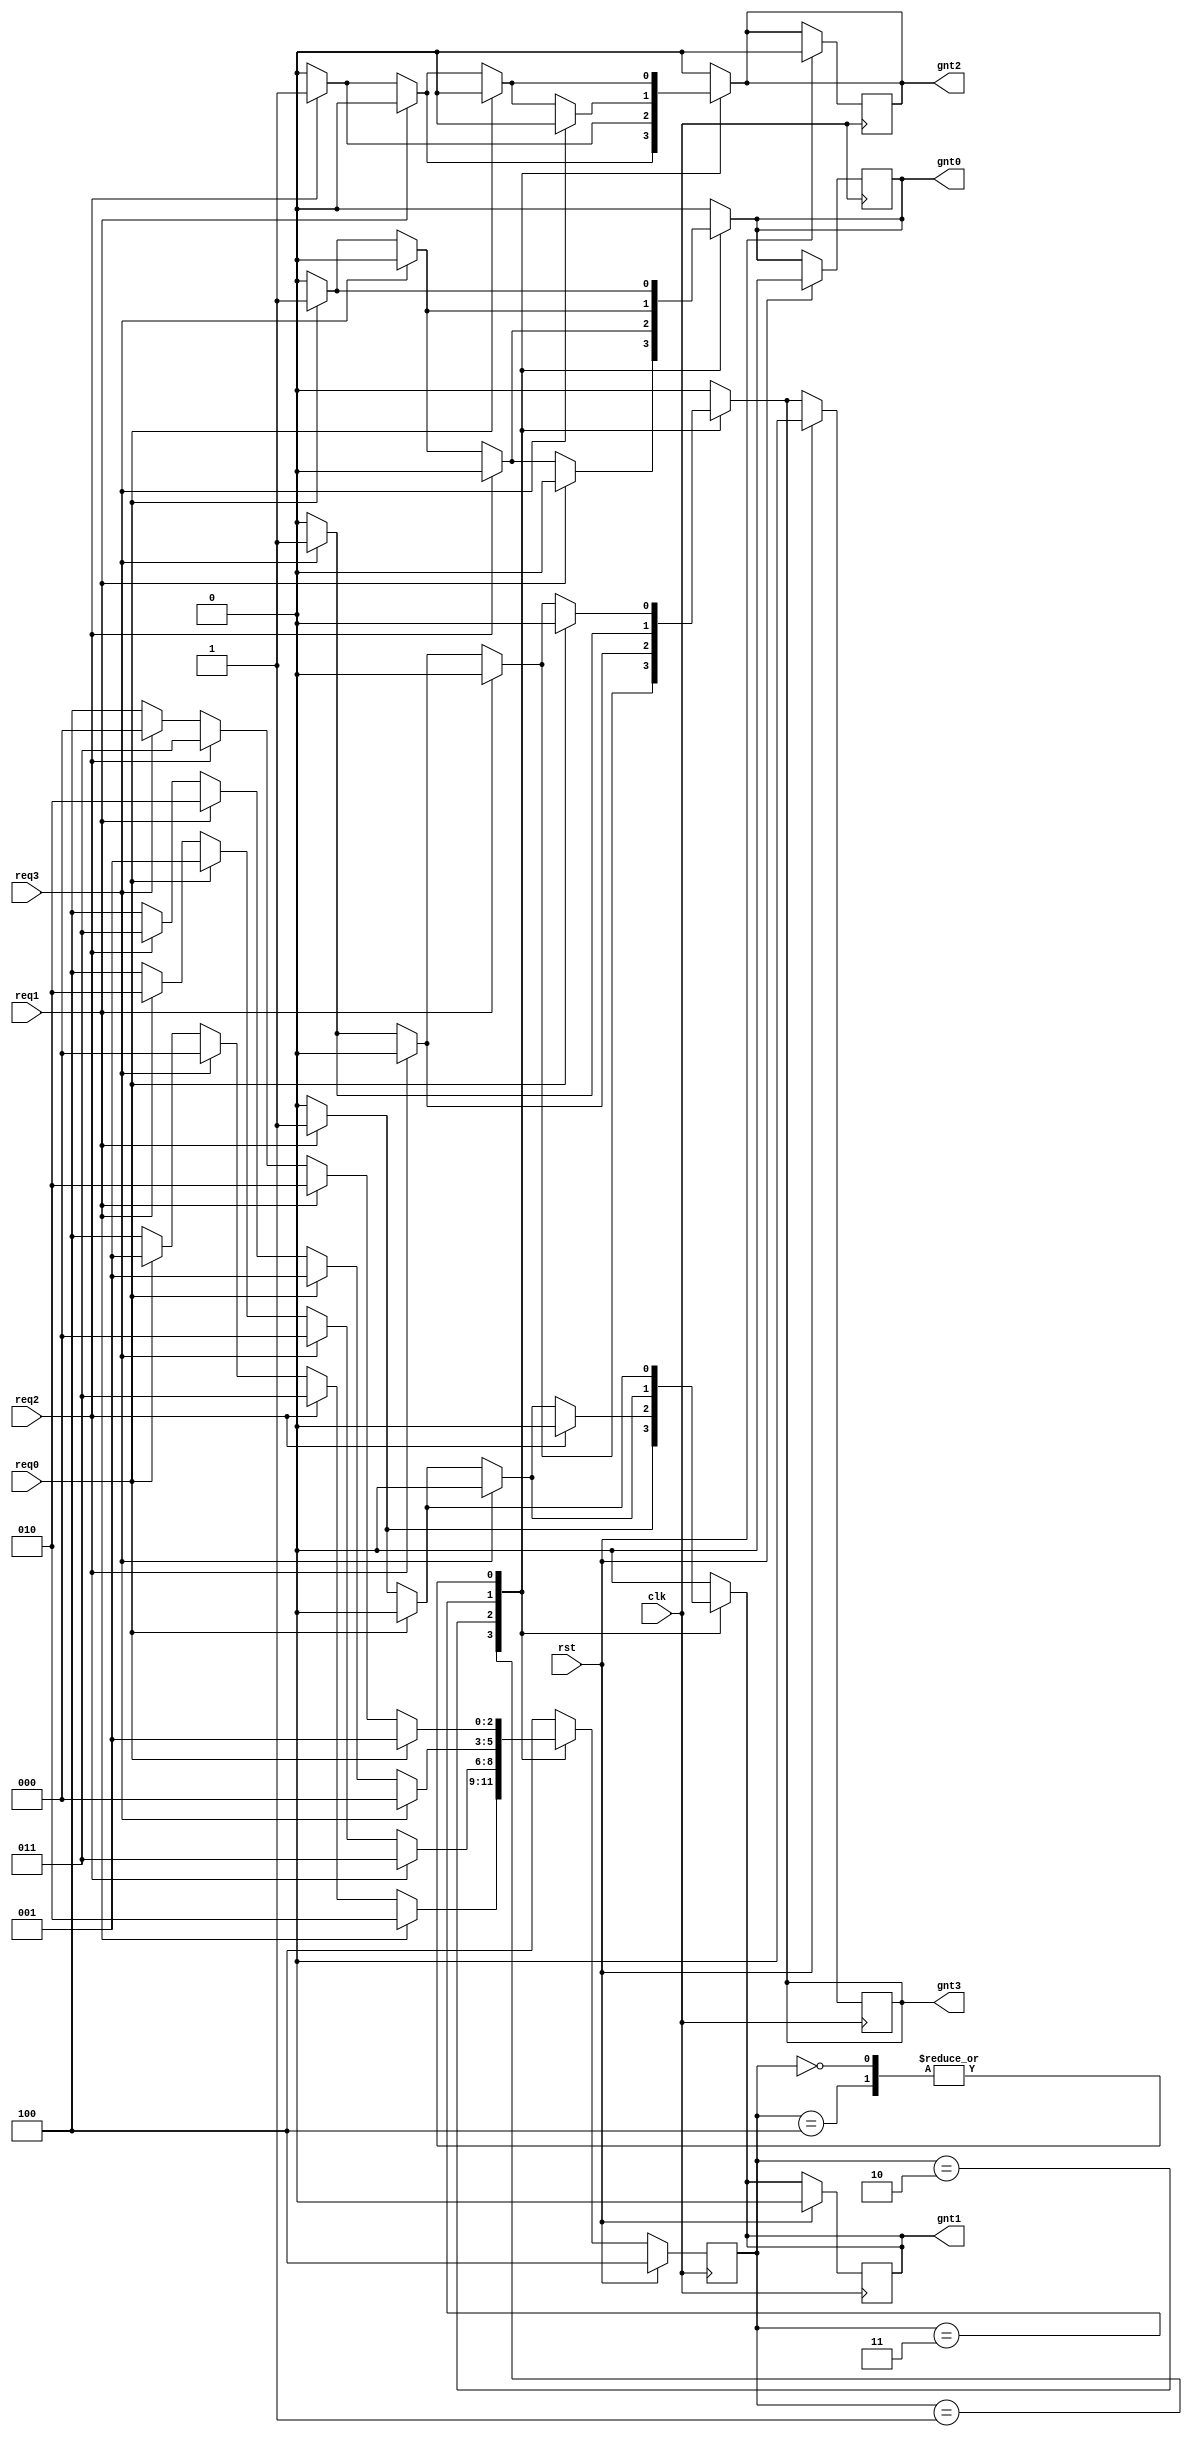
module rr_arbiter(
input clk,
input rst,
input req0,
input req1,
input req2,
input req3,
output gnt0,
output gnt1,
output gnt2,
output gnt3);

reg gnt0,gnt1,gnt2,gnt3;


reg [2:0] state,next_state;



always@(posedge clk) 
begin
	if(rst)
	begin
		gnt0<=0;
		gnt1<=0;
		gnt2<=0;
		gnt3<=0;
		state<=3'b100;
		
	end
	else
	begin
	        state<=next_state;	
	end
end


always@(*)
begin
///////////////////////////////////////////////////////////////////
	case(state)
		3'b000:
		begin
			if(req0 )
			begin
				gnt0<=1;gnt1<=0;gnt2<=0;gnt3<=0;
				next_state<=3'b001;
			end
			else if(req1)
			begin
				gnt0<=0;gnt1<=1;gnt2<=0;gnt3<=0;
				next_state<=3'b010;
			end
                        else if(req2)
			begin
				gnt0<=0;gnt1<=0;gnt2<=1;gnt3<=0;
				next_state<=3'b011;
			end
			else if(req3)
			begin
				gnt0<=0;gnt1<=0;gnt2<=0;gnt3<=1;
				next_state<=3'b000;
			end  
		       else
	                begin
                                next_state<= 3'b100;
				gnt0<=0;gnt1<=0;gnt2<=0;gnt3<=0;

		       end
		end
/////////////////////////////////////////////////////////////////////////
		3'b001:
		begin
                       
			if(req1)
			begin
				gnt0<=0;gnt1<=1;gnt2<=0;gnt3<=0;
				next_state<=3'b010;
			end
			else if(req2)
			begin
				gnt0<=0;gnt1<=0;gnt2<=1;gnt3<=0;
				next_state<=3'b011;
			end
                        else if(req3)
			begin
				gnt0<=0;gnt1<=0;gnt2<=0;gnt3<=1;
				next_state<=3'b000;
			end
			else if(req0)
			begin
				gnt0<=1;gnt1<=0;gnt2<=0;gnt3<=0;
				next_state<=3'b001;
			end
			else
	                begin
                                next_state<= 3'b100;
				gnt0<=0;gnt1<=0;gnt2<=0;gnt3<=0;

		       end

		
		 end
/////////////////////////////////////////////////////////////////////
		3'b010:
		begin
	                if(req2)
			begin
				gnt0<=0;gnt1<=0;gnt2<=1;gnt3<=0;
				next_state<=3'b011;
			end
                        else if(req3)
			begin
				gnt0<=0;gnt1<=0;gnt2<=0;gnt3<=1;
				next_state<=3'b000;
			end
			else if(req0)
			begin
				gnt0<=1;gnt1<=0;gnt2<=0;gnt3<=0;
				next_state<=3'b001;
			end
			else if(req1)
			begin
				gnt0<=0;gnt1<=1;gnt2<=0;gnt3<=0;
				next_state<=3'b010;
			end
			else
	                begin
                                next_state<= 3'b100;
				gnt0<=0;gnt1<=0;gnt2<=0;gnt3<=0;

		       end

		 end
////////////////////////////////////////////////////////////////////////
		3'b011:
		begin
			if(req3)
			begin
				gnt0<=0;gnt1<=0;gnt2<=0;gnt3<=1;
				next_state<=3'b000;
			end
			else if(req0)
			begin
				gnt0<=1;gnt1<=0;gnt2<=0;gnt3<=0;
				next_state<=3'b001;
			end
			else if(req1)
			begin
				gnt0<=0;gnt1<=1;gnt2<=0;gnt3<=0;
				next_state<=3'b010;
			end
			else if(req2)
			begin
				gnt0<=0;gnt1<=0;gnt2<=1;gnt3<=0;
				next_state<=3'b011;
			end
			else
	                begin
                                next_state<= 3'b100;
				gnt0<=0;gnt1<=0;gnt2<=0;gnt3<=0;

		       end

                 end
/////////////////////////////////////////////////////////////////////////////               
		 3'b100:
		 begin
			
			
			if(req0 )
			begin
				gnt0<=1;gnt1<=0;gnt2<=0;gnt3<=0;
				next_state<=3'b001;
			end
			else if(req1)
			begin
				gnt0<=0;gnt1<=1;gnt2<=0;gnt3<=0;
				next_state<=3'b010;
			end
                        else if(req2)
			begin
				gnt0<=0;gnt1<=0;gnt2<=1;gnt3<=0;
				next_state<=3'b011;
			end
			else if(req3)
			begin
				gnt0<=0;gnt1<=0;gnt2<=0;gnt3<=1;
				next_state<=3'b000;
			end 
                        else
	                begin
                                next_state<= 3'b100;
				gnt0<=0;gnt1<=0;gnt2<=0;gnt3<=0;

		       end
	        end
///////////////////////////////////////////////////////////////////////////////////
		
		default:
		begin 
		                next_state<= 3'b100;
			        gnt0<=0;gnt1<=0;gnt2<=0;gnt3<=0;

		end
///////////////////////////////////////////////////////////////////////////////
	endcase
end

endmodule